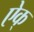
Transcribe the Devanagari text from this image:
ऐक्